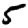
Digit: 5